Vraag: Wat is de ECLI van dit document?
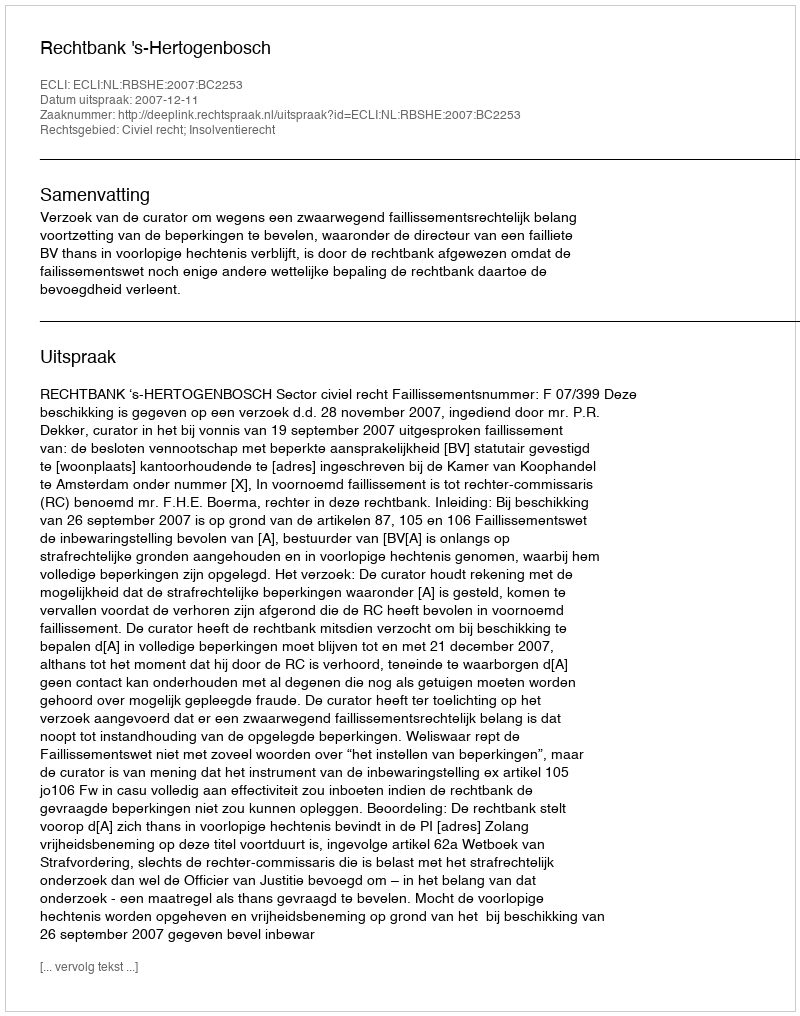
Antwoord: ECLI:NL:RBSHE:2007:BC2253